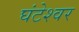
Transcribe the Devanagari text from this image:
घंटेश्वर